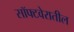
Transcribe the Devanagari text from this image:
सॉफ्टवेरातील